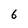
Character: 6